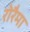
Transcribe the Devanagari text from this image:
रोरैमा